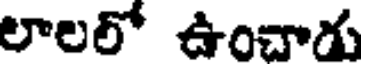
లాలలో ఉంచాడు